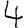
Digit: 4